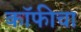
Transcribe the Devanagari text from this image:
कॉफीचा